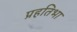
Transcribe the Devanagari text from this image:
प्रहतिभा